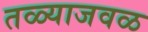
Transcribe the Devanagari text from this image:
तळ्याजवळ